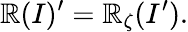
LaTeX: {\cal\mathbb{R}}(I)^{\prime}={\cal\mathbb{R}}_{\zeta}(I^{\prime}).